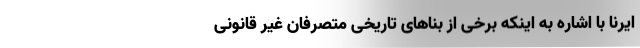
ایرنا با اشاره به اینکه برخی از بناهای تاریخی متصرفان غیر قانونی